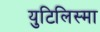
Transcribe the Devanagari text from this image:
युटिलिस्मा